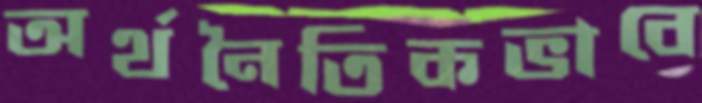
অর্থনৈতিকভাবে